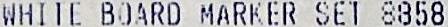
WHITE BOARD MARKER SET 8858